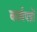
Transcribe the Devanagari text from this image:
कार्यपन्नों